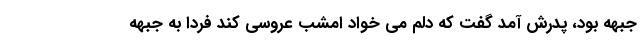
جبهه بود، پدرش آمد گفت که دلم می خواد امشب عروسی کند فردا به جبهه